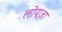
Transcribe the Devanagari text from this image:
लोयज़ा